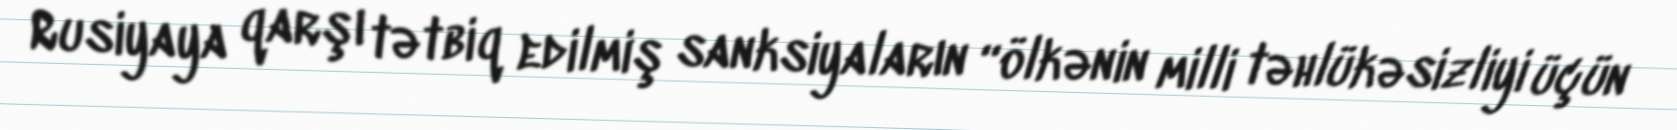
Rusiyaya qarşı tətbiq edilmiş sanksiyaların “ölkənin milli təhlükəsizliyi üçün